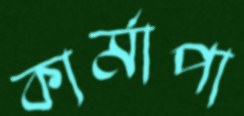
কার্মাপা